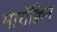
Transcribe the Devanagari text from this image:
मार्रोक्विन